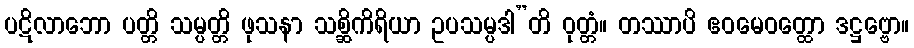
ပဋိလာဘော ပတ္တိ သမ္ပတ္တိ ဖုသနာ သစ္ဆိကိရိယာ ဥပသမ္ပဒါ”တိ ဝုတ္တံ။ တဿာပိ ဧဝမေဝတ္ထော ဒဋ္ဌဗ္ဗော။